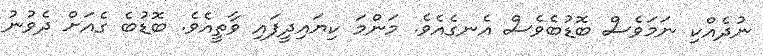
ނުދެއްކި ނަމަވެސް ބޮޑުބެވެސް އެނގެއެވެ. މަންމަ ކިޔައިދީފައި ވާތީއެވެ. ބޮޑުބެ ގެއަށް ދެވުނު